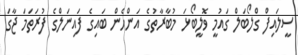
ސީލައިފް ގްލޯބަލް ގައުމީ ވޮލީބޯޅަ މުބާރާތުގެ އަންހެން ބައިގެ ފައިނަލްގެ ފުރަތަމަ ޖާގަ